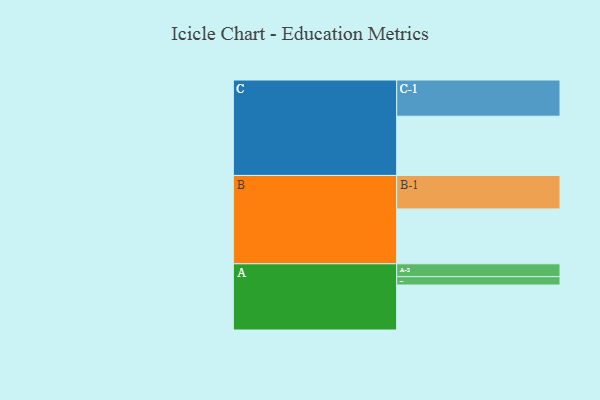
{"axis": {"x": "Segment", "y": "Value"}, "legend": ["", "A", "B", "C"], "data": [{"x": "A", "y": 360, "type": ""}, {"x": "B", "y": 439, "type": ""}, {"x": "C", "y": 474, "type": ""}, {"x": "A-1", "y": 67, "type": "A"}, {"x": "A-2", "y": 103, "type": "A"}, {"x": "B-1", "y": 268, "type": "B"}, {"x": "C-1", "y": 290, "type": "C"}]}